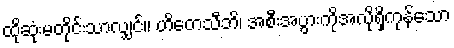
ထိုဆုံးမတိုင်းသာလျှင်။ ဟိတေသီဘိ၊ အစီးအပွားကိုအလိုရှိကုန်သော